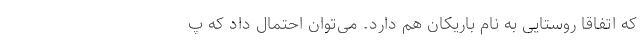
که اتفاقا روستایی به نام باریکان هم دارد. می‌توان احتمال داد که پ